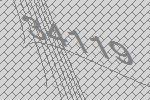
34119